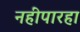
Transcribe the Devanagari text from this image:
नहींपारहा